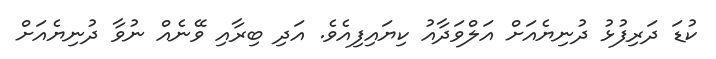
ކުޑަ ދަރިފުޅު ދުނިޔެއަށް އަލްވަދާއު ކިޔައިފިއެވެ. އަދި ބިރާއި ވޭނެއް ނުވާ ދުނިޔެއަށް